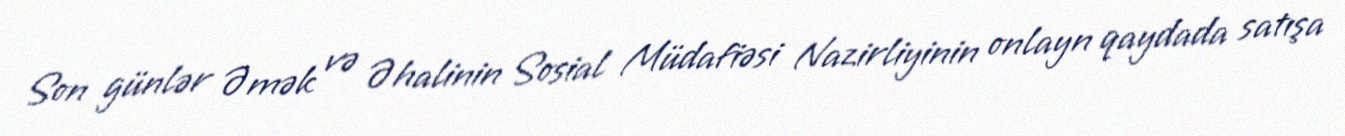
Son günlər Əmək və Əhalinin Sosial Müdafiəsi Nazirliyinin onlayn qaydada satışa